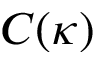
\displaystyle C ( \kappa )